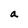
Character: a